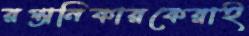
রপ্তানিকারকেরাই